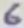
Text: 6